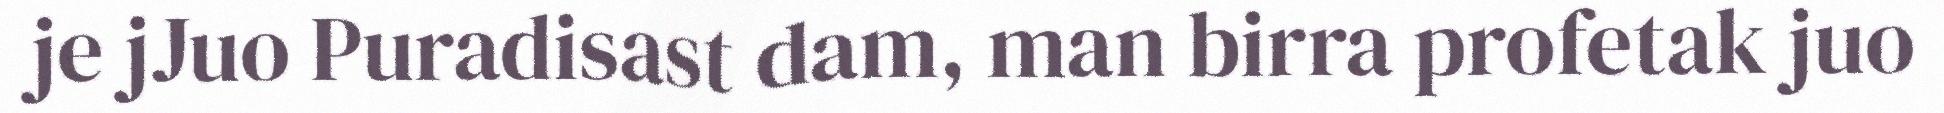
je jJuo Puradisast dam, man birra profetak juo